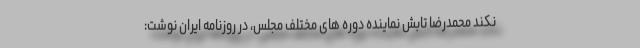
نکند محمدرضا تابش نماینده دوره های مختلف مجلس، در روزنامه ایران نوشت: